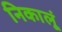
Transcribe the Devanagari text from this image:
निकालूं